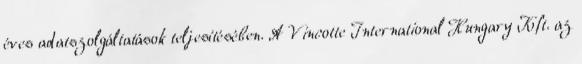
éves adatszolgáltatások teljesítésében. A Vinc­ot­te In­ter­na­ti­o­nal Hun­gary Kft. az